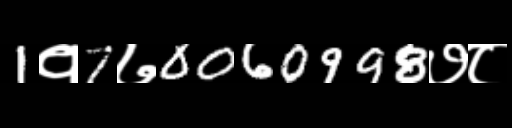
Text: 1१7७0060998७८